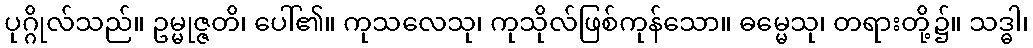
ပုဂ္ဂိုလ်သည်။ ဥမ္မုဇ္ဇတိ၊ ပေါ်၏။ ကုသလေသု၊ ကုသိုလ်ဖြစ်ကုန်သော။ ဓမ္မေသု၊ တရားတို့၌။ သဒ္ဓါ၊